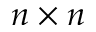
n \times n